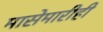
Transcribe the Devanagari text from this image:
मासेमारीही